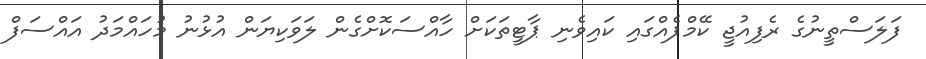
ފަލަސްތީނުގެ ރެފިއުޖީ ކޭމްޕެއްގައި ކައިވެނި ޕާޓީތަކަށް ހާއްސަކޮށްގެން ލަވަކިޔަން އުޅުނު މުހައްމަދު އައްސަފް